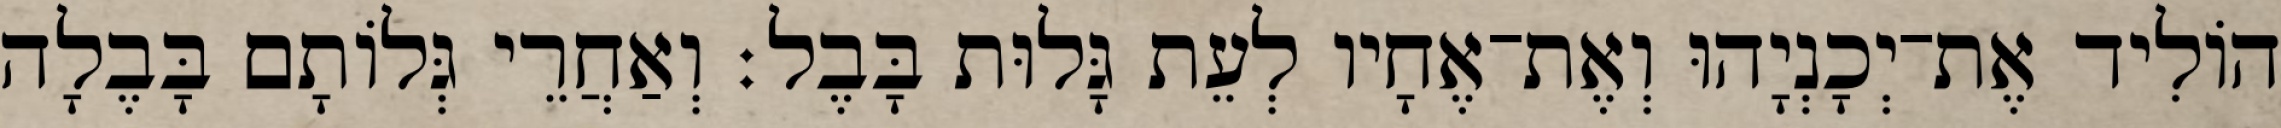
הוֹלִיד אֶת־יְכָנְיָהוּ וְאֶת־אֶחָיו לְעֵת גָּלוּת בָּבֶל׃ וְאַחֲרֵי גְּלוֹתָם בָּבֶלָה